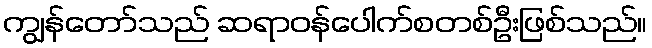
ကျွန်တော်သည် ဆရာဝန်ပေါက်စတစ်ဦးဖြစ်သည်။